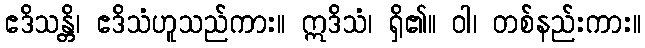
ဧဒိသန္တိ၊ ဧဒိသံဟူသည်ကား။ ဣဒိသံ၊ ရှိ၏။ ဝါ၊ တစ်နည်းကား။